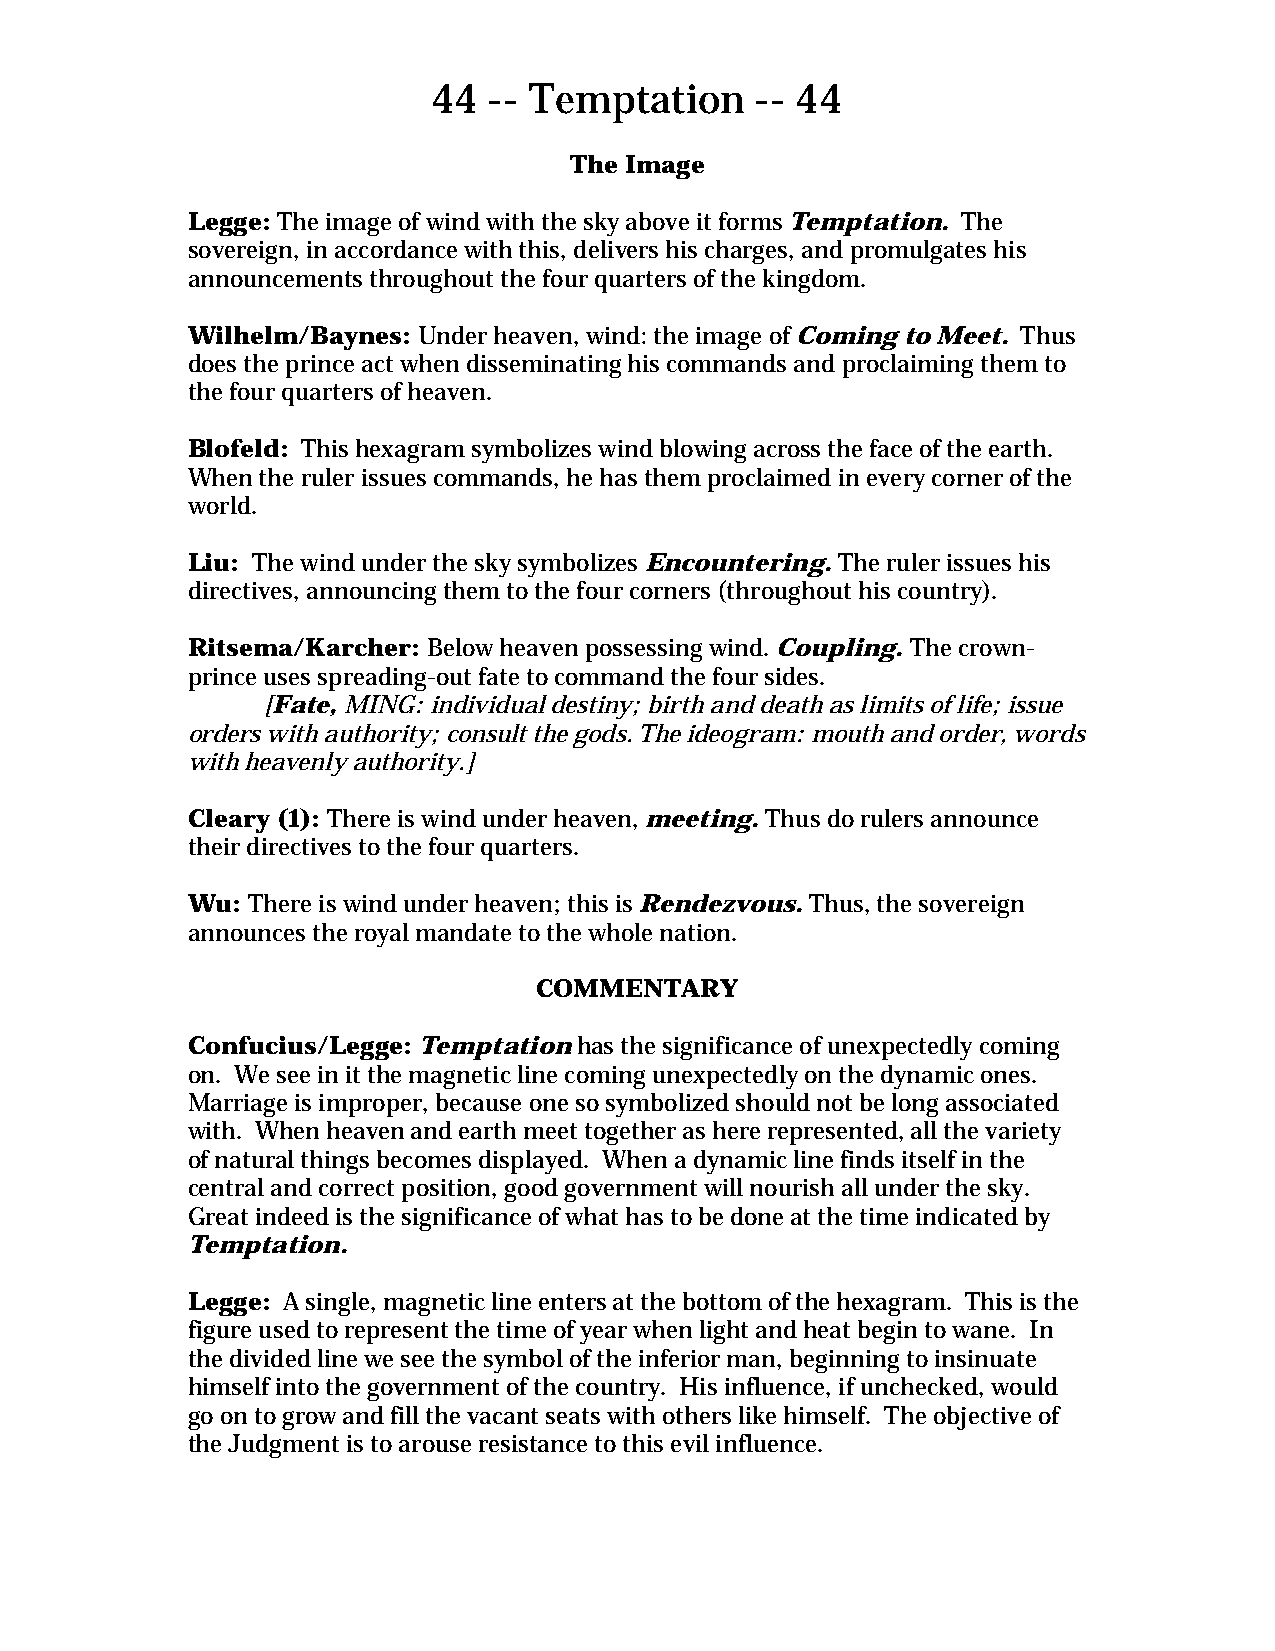
44 -- Temptation     -- 44
 The Image
 Legge: The image of wind with the sky above it forms Temptation. The
 sovereign, in accordance with this, delivers his charges, and promulgates his
 announcements throughout the four quarters of the kingdom.
 Wilhelm/Baynes: Under heaven, wind: the image of Coming to Meet. Thus
 does the prince act when disseminating his commands and proclaiming them to
 the four quarters of heaven.
 Blofeld: This hexagram symbolizes wind blowing across the face of the earth.
 When the ruler issues commands, he has them proclaimed in every corner of the
 world.
 Liu: The wind under the sky symbolizes Encountering. The ruler issues his
 directives, announcing them to the four corners (throughout his country).
 Ritsema/Karcher: Below heaven possessing wind. Coupling. The crown-
 prince uses spreading-out fate to command the four sides.
 [Fate, MING: individual destiny; birth and death as limits of life; issue
 orders with authority; consult the gods. The ideogram: mouth and order, words
 with heavenly authority.]
 Cleary (1): There is wind under heaven, meeting. Thus do rulers announce
 their directives to the four quarters.
 Wu: There is wind under heaven; this is Rendezvous. Thus, the sovereign
 announces the royal mandate to the whole nation.
 COMMENTARY
 Confucius/Legge: Temptation has the significance of unexpectedly coming
 on. We see in it the magnetic line coming unexpectedly on the dynamic ones.
 Marriage is improper, because one so symbolized should not be long associated
 with. When heaven and earth meet together as here represented, all the variety
 of natural things becomes displayed. When a dynamic line finds itself in the
 central and correct position, good government will nourish all under the sky.
 Great indeed is the significance of what has to be done at the time indicated by
 Temptation.
 Legge: A single, magnetic line enters at the bottom of the hexagram. This is the
 figure used to represent the time of year when light and heat begin to wane. In
 the divided line we see the symbol of the inferior man, beginning to insinuate
 himself into the government of the country. His influence, if unchecked, would
 go on to grow and fill the vacant seats with others like himself. The objective of
 the Judgment is to arouse resistance to this evil influence.